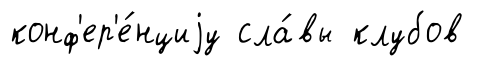
конф'ер'е́нциjу сла́вы клубов